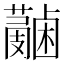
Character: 𧃭